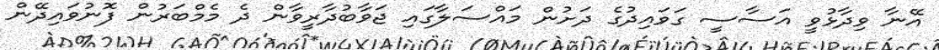
އޭނާ ވިދާޅުވީ އަސާސީ ގަވައިދުގެ ދަށުން މައްސަލާގައި ޖަވާބުދާރީވާން ދެ މެމްބަރުން ފޮނުވައިދޭން